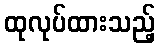
ထုလုပ်ထားသည့်